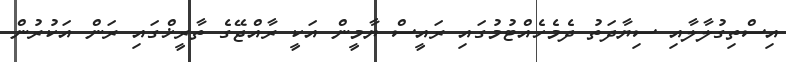
އިސްތިގުލާލާއި ސިޔާދަތު ދެމެހެއްޓުމުގައި ރައީސް ޔާމީން އަކީ ރާއްޖޭގެ ތާރީޚްގައި ރަން އަކުރުން